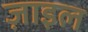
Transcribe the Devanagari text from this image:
ज़ाइल